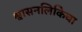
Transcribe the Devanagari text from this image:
श्वासनलिकिेचा